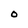
Character: O